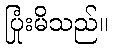
ပြုံးမိသည်။